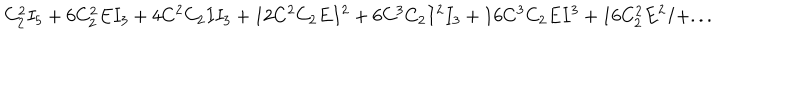
C _ { 2 } ^ { 2 } I _ { 5 } + 6 C _ { 2 } ^ { 2 } E I _ { 3 } + 4 C ^ { 2 } C _ { 2 } I I _ { 3 } + 1 2 C ^ { 2 } C _ { 2 } E I ^ { 2 } + 6 C ^ { 3 } C _ { 2 } I ^ { 2 } I _ { 3 } + 1 6 C ^ { 3 } C _ { 2 } E I ^ { 3 } + 1 6 C _ { 2 } ^ { 2 } E ^ { 2 } I + . . .